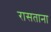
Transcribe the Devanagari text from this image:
रासताना